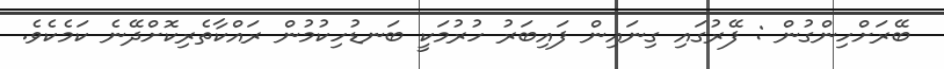
ބޭރަށްހިންގުން : ފޭރުގައި ގިނައިން ފައިބަރު ހުރުމަކީ ބަނޑުހިކުމުން ރައްކާތެރިކޮށްދޭނެ ކަމެކެވެ.